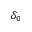
\delta _ { 0 }